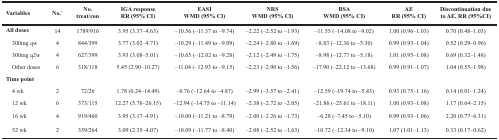
<table><thead><tr><td><b>Variables</b></td><td><b>No.*</b></td><td><b>No. treat/con</b></td><td><b>IGA response RR (95% CI)</b></td><td><b>EASI WMD (95% CI)</b></td><td><b>NRS WMD (95% CI)</b></td><td><b>BSA WMD (95% CI)</b></td><td><b>AE RR (95% CI)</b></td><td><b>Discontinuation due to AE, RR (95%CI)</b></td></tr></thead><tbody><tr><td><b>All doses</b></td><td>14</td><td>1789/916</td><td>3.95 (3.37–4.63)</td><td>–10.56 (–11.37 to –9.74)</td><td>–2.22 (–2.52 to –1.93)</td><td>–11.55 (–14.08 to –9.02)</td><td>1.00 (0.96–1.03)</td><td>0.70 (0.48–1.03)</td></tr><tr><td> 300mg qw</td><td>4</td><td>844/399</td><td>3.77 (3.02–4.71)</td><td>–10.29 (–11.49 to –9.09)</td><td>–2.24 (–2.80 to –1.69)</td><td>–8.83 (–12.36 to –5.30)</td><td>0.99 (0.93–1.04)</td><td>0.52 (0.29–0.96)</td></tr><tr><td> 300mg q2w</td><td>4</td><td>627/399</td><td>3.93 (3.08–5.01)</td><td>–10.65 (–12.02 to –9.28)</td><td>–2.12 (–2.49 to –1.75)</td><td>–8.98 (–12.77 to –5.18)</td><td>1.01 (0.95–1.08)</td><td>0.69 (0.32–1.48)</td></tr><tr><td> Other doses</td><td>6</td><td>318/118</td><td>5.45 (2.90–10.27)</td><td>–11.04 (–12.93 to –9.15)</td><td>–2.23 (–2.90 to –1.56)</td><td>–17.90 (–22.12 to –13.68)</td><td>0.99 (0.91–1.07)</td><td>1.04 (0.55–1.98)</td></tr><tr><td><b>Time point</b></td><td></td><td></td><td></td><td></td><td></td><td></td><td></td><td></td></tr><tr><td> 4 wk</td><td>2</td><td>72/26</td><td>1.78 (0.24–14.49)</td><td>–8.76 (–12.64 to –4.87)</td><td>–2.99 (–3.57 to –2.41)</td><td>–12.59 (–19.74 to –5.43)</td><td>0.93 (0.75–1.16)</td><td>0.14 (0.01–1.24)</td></tr><tr><td> 12 wk</td><td>6</td><td>373/115</td><td>12.27 (5.76–26.15)</td><td>–12.94 (–14.75 to –11.14)</td><td>–2.38 (–2.72 to –2.05)</td><td>–21.86 (–25.61 to –18.11)</td><td>1.00 (0.93–1.08)</td><td>1.17 (0.64–2.15)</td></tr><tr><td> 16 wk</td><td>4</td><td>919/460</td><td>3.95 (3.17–4.91)</td><td>–10.00 (–11.21 to –8.79)</td><td>–2.00 (–2.26 to –1.73)</td><td>–6.28 (–7.45 to –5.10)</td><td>0.99 (0.93–1.06)</td><td>2.20 (0.77–6.31)</td></tr><tr><td> 52 wk</td><td>2</td><td>359/264</td><td>3.09 (2.35–4.07)</td><td>–10.09 (–11.77 to –8.40)</td><td>–2.08 (–2.52 to –1.63)</td><td>–10.72 (–12.34 to –9.10)</td><td>1.07 (1.01–1.13)</td><td>0.33 (0.17–0.62)</td></tr></tbody></table>